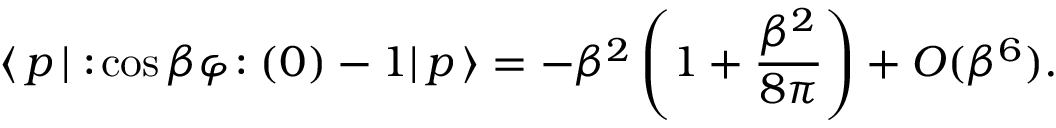
\langle \, p \, | \, \! : \! \cos \beta \varphi \! : ( 0 ) - 1 | \, p \, \rangle = - \beta ^ { 2 } \left( 1 + \frac { \beta ^ { 2 } } { 8 \pi } \right) + O ( \beta ^ { 6 } ) .